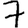
Digit: 7